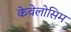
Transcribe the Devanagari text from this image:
केवेलोसिम